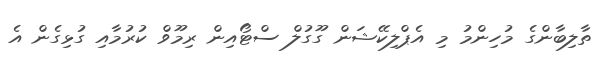
ތާލިބާންގެ މުހިންމު މި އެޕްލިކޭޝަން ގޫގުލް ސްޓޯއިން ރިމޫވް ކުރުމާއި ގުޅިގެން އެ